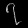
Digit: ၇